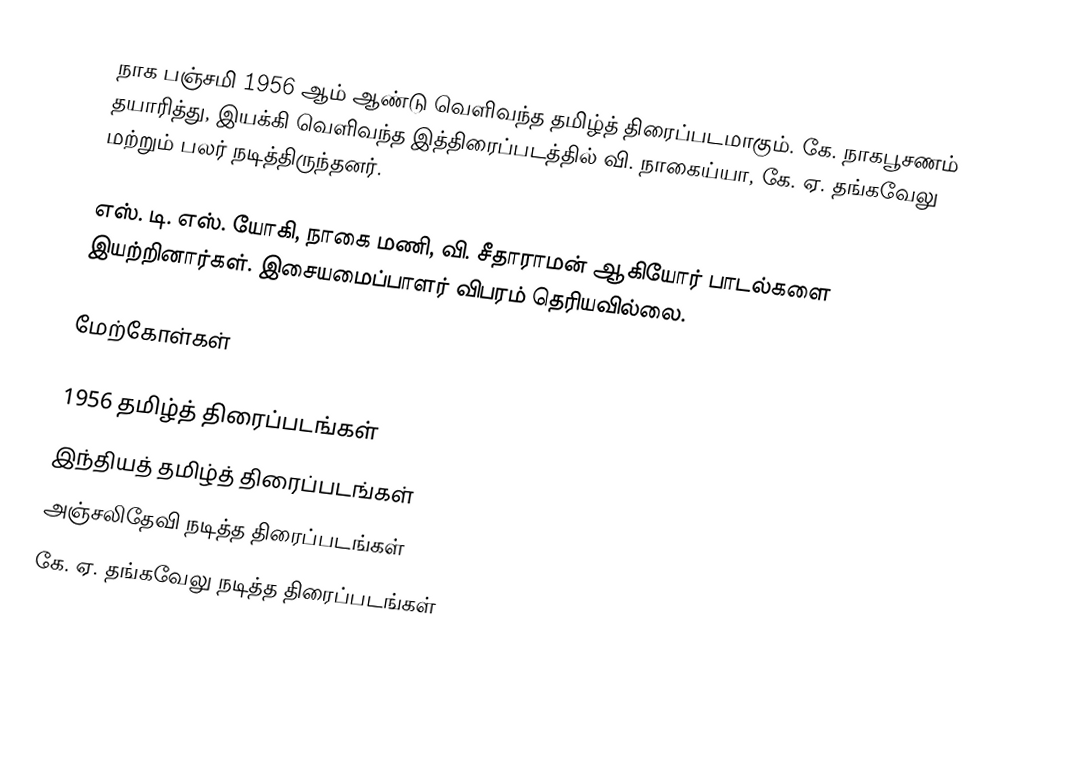
நாக பஞ்சமி 1956 ஆம் ஆண்டு வெளிவந்த தமிழ்த் திரைப்படமாகும். கே. நாகபூசணம் தயாரித்து, இயக்கி வெளிவந்த இத்திரைப்படத்தில் வி. நாகைய்யா, கே. ஏ. தங்கவேலு மற்றும் பலர் நடித்திருந்தனர்.

எஸ். டி. எஸ். யோகி, நாகை மணி, வி. சீதாராமன் ஆகியோர் பாடல்களை இயற்றினார்கள். இசையமைப்பாளர் விபரம் தெரியவில்லை.

மேற்கோள்கள்

1956 தமிழ்த் திரைப்படங்கள்
இந்தியத் தமிழ்த் திரைப்படங்கள்
அஞ்சலிதேவி நடித்த திரைப்படங்கள்
கே. ஏ. தங்கவேலு நடித்த திரைப்படங்கள்